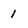
Character: 1